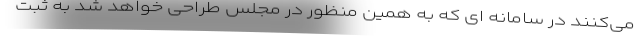
می‌کنند در سامانه ای که به همین منظور در مجلس طراحی خواهد شد به ثبت